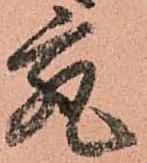
究